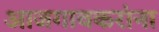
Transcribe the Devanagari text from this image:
आजगावकरांना